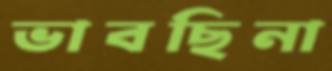
ভাবছিনা